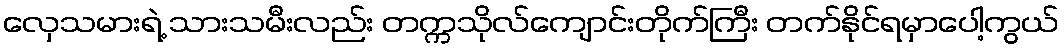
လှေသမားရဲ့ သားသမီးလည်း တက္ကသိုလ်ကျောင်းတိုက်ကြီး တက်နိုင်ရမှာပေါ့ကွယ်